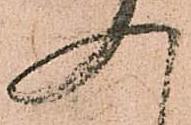
入